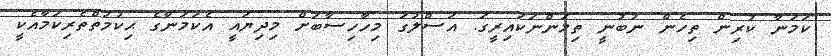
ކަމަނާ ކުރިން ތިހެން ނުބުނީ ތިމަންނަކައިރީގަ. އަސްލުގަ މިހާހިސާބަށް މިދިޔައީ އެކަމަނާގެ ޙިކުމަތްތެރިކަމާއެކީ